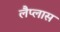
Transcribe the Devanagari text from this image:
लैप्लास